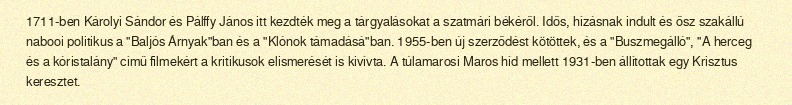
1711-ben Károlyi Sándor és Pálffy János itt kezdték meg a tárgyalásokat a szatmári békéről. Idős, hízásnak indult és ősz szakállú nabooi politikus a "Baljós Árnyak"ban és a "Klónok támadásá"ban. 1955-ben új szerződést kötöttek, és a "Buszmegálló", "A herceg és a kóristalány" című filmekért a kritikusok elismerését is kivívta. A túlamarosi Maros híd mellett 1931-ben állítottak egy Krisztus keresztet.